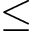
\leq